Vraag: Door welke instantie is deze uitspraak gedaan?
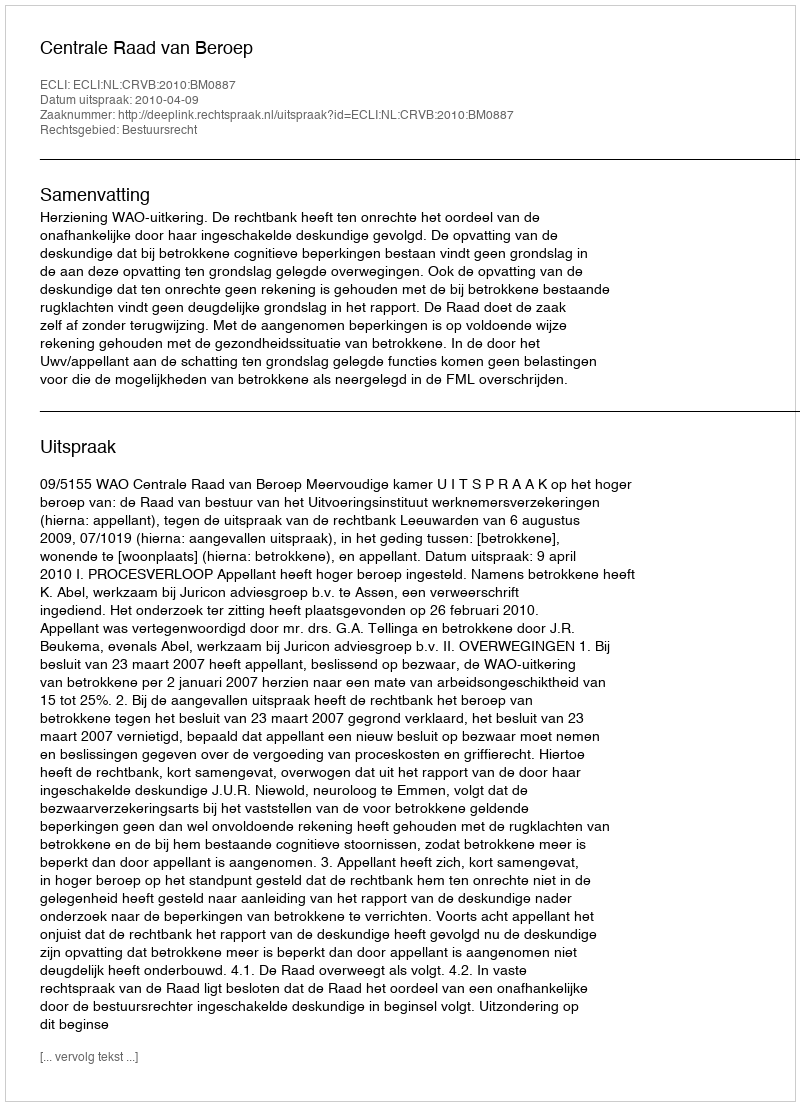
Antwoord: Centrale Raad van Beroep